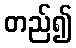
တည်၍